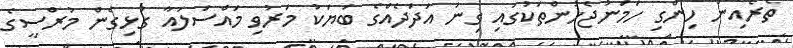
ތެރެއިން ހިންގި ހަމަނުޖެހުންތަކުގައި ގިނަ އަދަދެއްގެ ބަޔަކު މަރުވި މައްސަލައާ ގުޅިގެން މުރްސީގެ